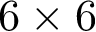
6 \times 6